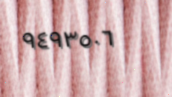
٩٤٩٣٥٠٦